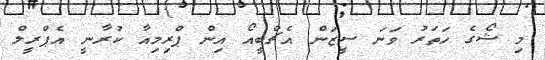
މި ޝޯގެ ހަތަރު ވަނަ ސީޒަން އެޗްބީއޯ އިން ޕްރިމިއާ ކުރާނީ އެޕްރީލް